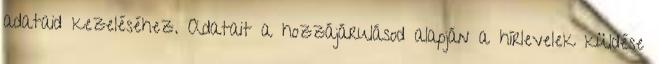
adataid kezeléséhez. Adatait a hozzájárulásod alapján a hírlevelek küldése